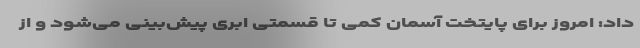
داد: امروز برای پایتخت آسمان کمی تا قسمتی ابری پیش‌بینی می‌شود و از